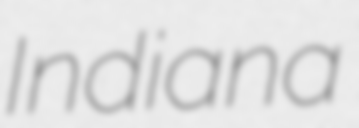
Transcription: Indiana